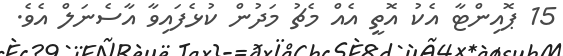
15 ޕޮއިންޓާ އެކު އޮތީ އެއް މެޗު މަދުން ކުޅެފައިވާ އާސެނަލް އެވެ.